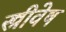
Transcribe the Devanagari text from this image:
स्त्रीवेष